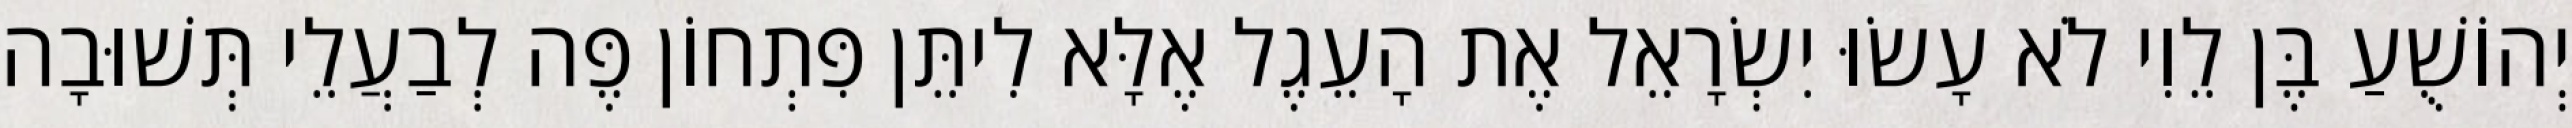
יְהוֹשֻׁעַ בֶּן לֵוִי לֹא עָשׂוּ יִשְׂרָאֵל אֶת הָעֵגֶל אֶלָּא לִיתֵּן פִּתְחוֹן פֶּה לְבַעֲלֵי תְּשׁוּבָה